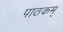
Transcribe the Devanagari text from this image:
पाठकम्